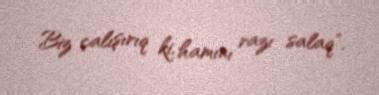
Biz çalışırıq ki, hamını razı salaq”.